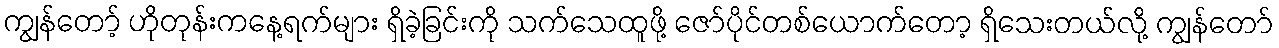
ကျွန်တော့် ဟိုတုန်းကနေ့ရက်များ ရှိခဲ့ခြင်းကို သက်သေထူဖို့ ဇော်ပိုင်တစ်ယောက်တော့ ရှိသေးတယ်လို့ ကျွန်တော်